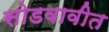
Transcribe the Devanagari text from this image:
सोडवावीत